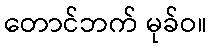
တောင်ဘက် မုခ်ဝ။